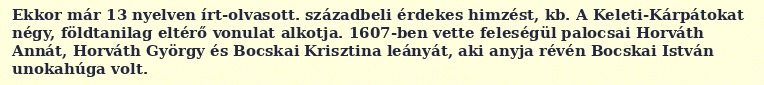
Ekkor már 13 nyelven írt-olvasott. századbeli érdekes himzést, kb. A Keleti-Kárpátokat négy, földtanilag eltérő vonulat alkotja. 1607-ben vette feleségül palocsai Horváth Annát, Horváth György és Bocskai Krisztina leányát, aki anyja révén Bocskai István unokahúga volt.